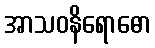
အာသဝနိရောဓော